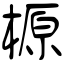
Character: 榞